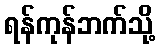
ရန်ကုန်ဘက်သို့